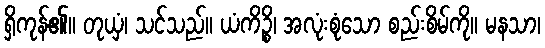
ရှိကုန်၏။ တုယှံ၊ သင်သည်။ ယံကိဉ္စိ၊ အလုံးစုံသော စည်းစိမ်ကို။ မနသာ၊